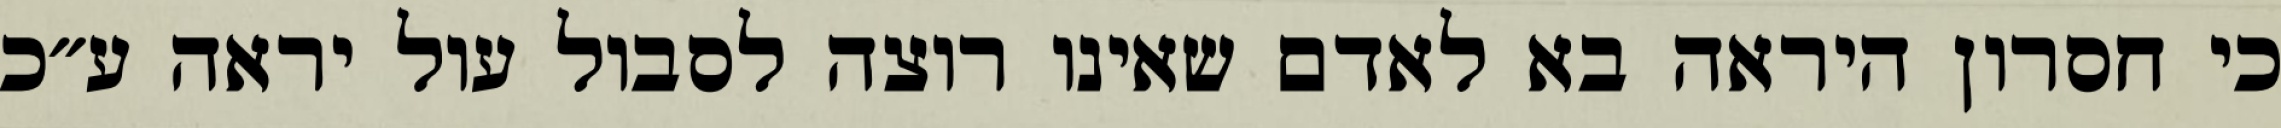
כי חסרון היראה בא לאדם שאינו רוצה לסבול עול יראה ע״כ